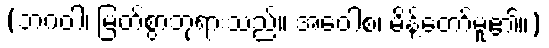
(ဘဂဝါ၊ မြတ်စွာဘုရားသည်။ အဝေါစ၊ မိန့်တော်မူ၏။)